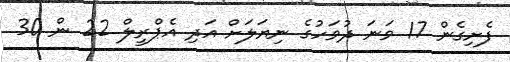
ފެށިގެން 17 ވަނަ ދުވަހުގެ ނިޔަލަށް އަދި އެޕްރީލް 22 ން 30